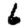
Digit: 6